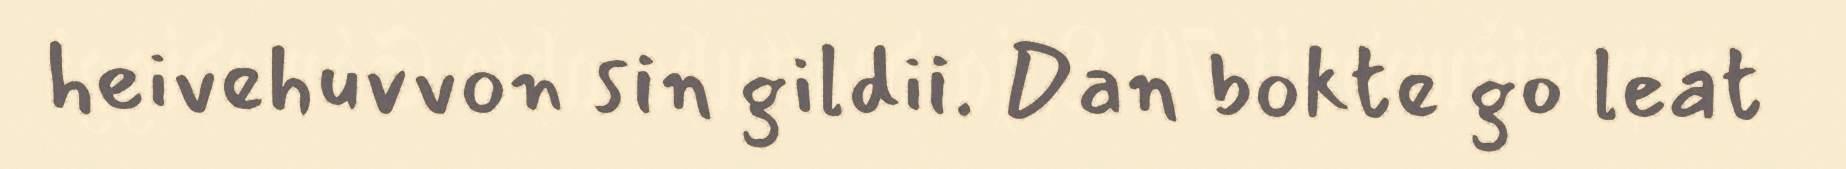
heivehuvvon sin gildii. Dan bokte go leat